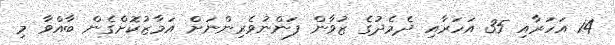
14 އަހަރާއި 35 އަހަރާއި ދެމެދުގެ ޒުވާން ފަންނުވެރިންނަށް އަމާޒުކޮށްގެން ބާއްވާ މި